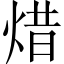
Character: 焟